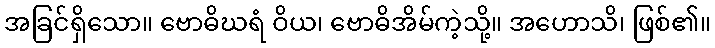
အခြင်ရှိသော။ ဗောဓိဃရံ ဝိယ၊ ဗောဓိအိမ်ကဲ့သို့။ အဟောသိ၊ ဖြစ်၏။